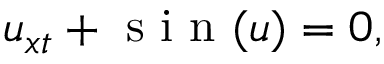
u _ { x t } + \mathrm { ~ s ~ i ~ n ~ } ( u ) = 0 ,